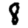
Digit: 8